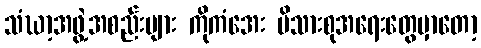
သံဃာ့အဖွဲ့အစည်းများ ကိုကံအေး မိသားစုအရေးတွေမှာတော့